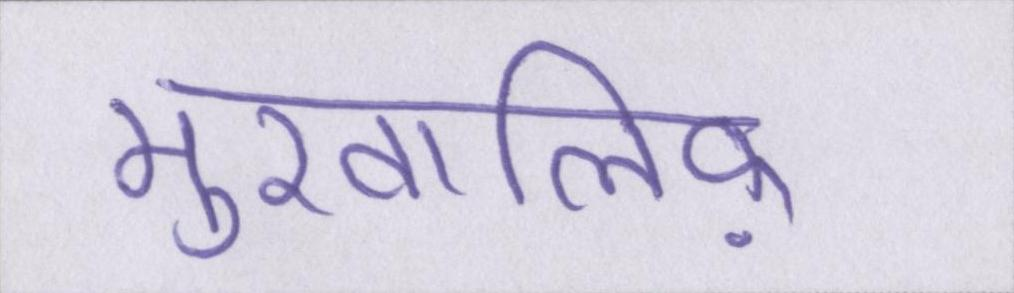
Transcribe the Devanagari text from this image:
मुखालिफ़